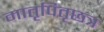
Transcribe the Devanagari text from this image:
मातृपितृछत्र